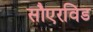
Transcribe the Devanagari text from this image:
सौएरविड